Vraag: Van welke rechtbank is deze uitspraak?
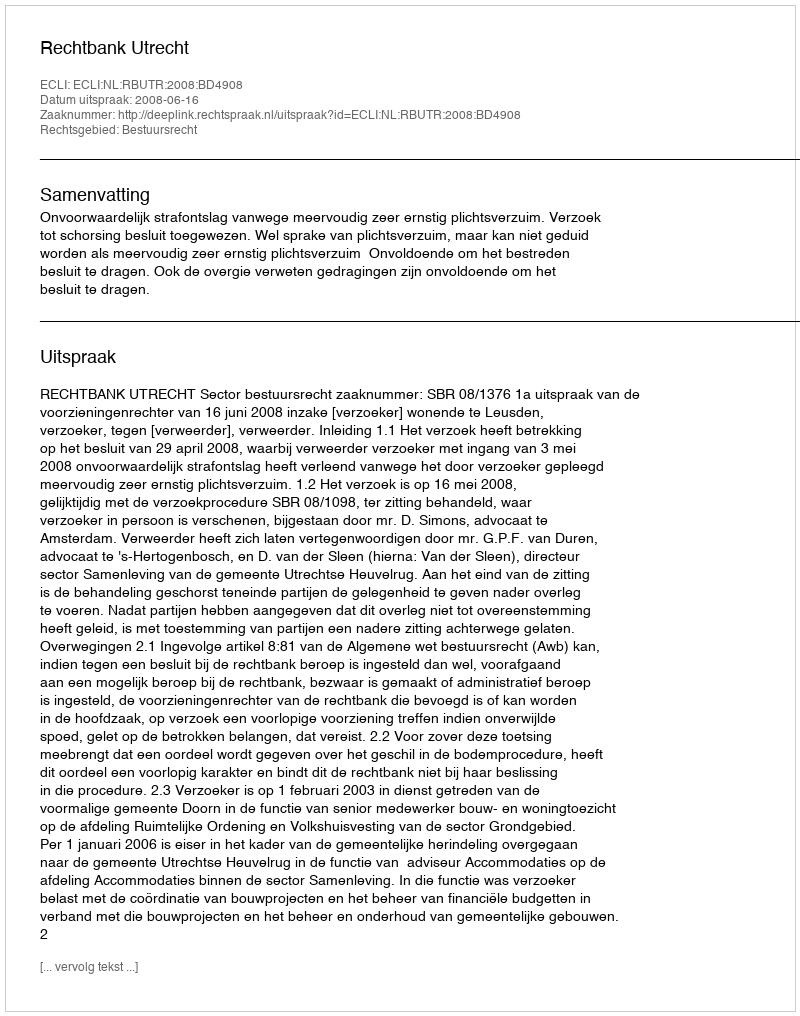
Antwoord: Rechtbank Utrecht